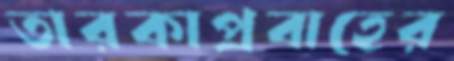
তারকাপ্রবাহের